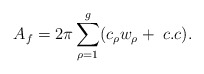
\begin{align*}A_{f}=2\pi \sum_{\rho=1}^{g}(c_{\rho}w_{\rho}+\; c.c).\end{align*}